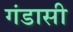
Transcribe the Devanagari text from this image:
गंडासी